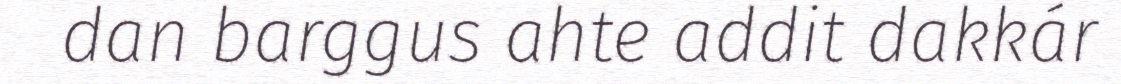
dan barggus ahte addit dakkár